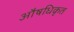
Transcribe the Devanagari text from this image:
औषधिकृत